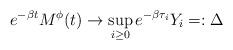
LaTeX: \begin{align*}e^{-\beta t}M^{\phi}(t)\to\sup_{i\ge 0} e^{-\beta\tau_i}Y_i=:\Delta\end{align*}